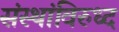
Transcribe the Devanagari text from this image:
संस्थांविरुध्द